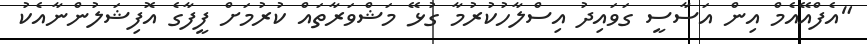
"އެފްއޭއެމް އިން އަސާސީ ގަވައިދު އިސްލާހުކުރުމާ ގުޅޭ މަޝްވަރާތައް ކުރުމަށް ފީފާގެ އޮފިޝަލުންނާއެކު